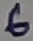
Text: 6